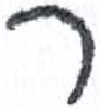
אות: ר